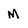
Character: M